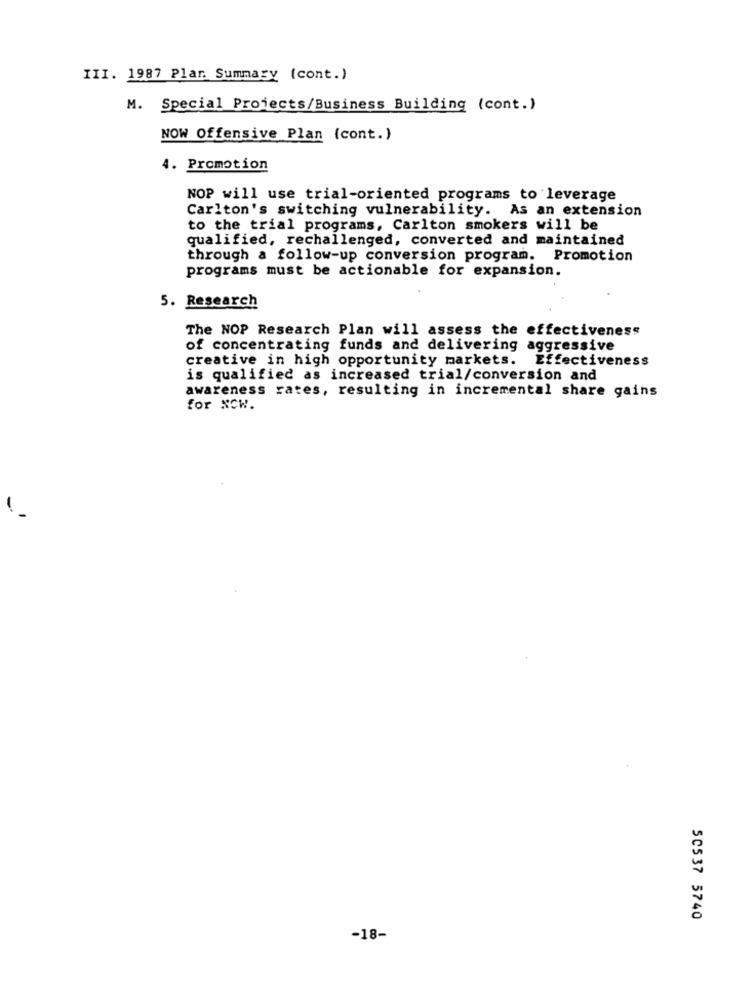
III. 1987 Plar. Summary (cont.)
M. Special Projects/Business Building (cont. )
NOW Offensive Plan (cont.)
4. Promotion
NOP will use trial-oriented programs to leverage
Carlton's switching vulnerability. As an extension
to the trial programs, Carlton smokers will be
qualified, rechallenged, converted and maintained
through a follow-up conversion program.
Promotion
programs must be actionable for expansion.
5. Research
The NOP Research Plan will assess the effectiveness
of concentrating funds and delivering aggressive
creative in high opportunity markets. Effectiveness
is qualified as increased trial/conversion and
awareness rates, resulting in incremental share gains
for NCW.
-
50537 5740
-18-